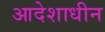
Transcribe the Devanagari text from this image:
आदेशाधीन